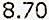
8.70